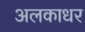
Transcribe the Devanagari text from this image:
अलकाधर